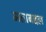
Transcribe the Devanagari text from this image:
मताबद्दल